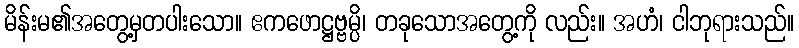
မိန်းမ၏အတွေ့မှတပါးသော။ ဧကဖောဋ္ဌဗ္ဗမ္ပိ၊ တခုသောအတွေ့ကို လည်း။ အဟံ၊ ငါဘုရားသည်။